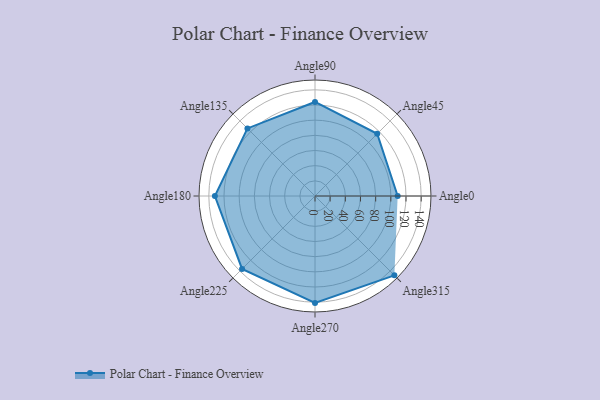
{"axis": {"x": "Angle", "y": "Radius"}, "legend": [""], "data": [{"x": "Angle0", "y": 109.0, "type": ""}, {"x": "Angle45", "y": 116.0, "type": ""}, {"x": "Angle90", "y": 124.0, "type": ""}, {"x": "Angle135", "y": 126.0, "type": ""}, {"x": "Angle180", "y": 132.0, "type": ""}, {"x": "Angle225", "y": 136.0, "type": ""}, {"x": "Angle270", "y": 141.0, "type": ""}, {"x": "Angle315", "y": 148.0, "type": ""}]}